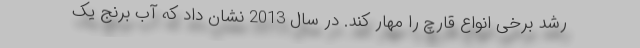
رشد برخی انواع قارچ را مهار کند. در سال 2013 نشان داد که آب برنج یک